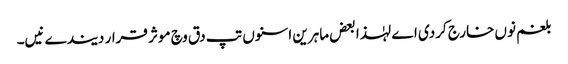
بلغم نو‏‏ں خارج کردی اے لہٰذا بعض ماہرین اسنو‏ں تپ دق وچ موثر قرار دیندے نیں۔